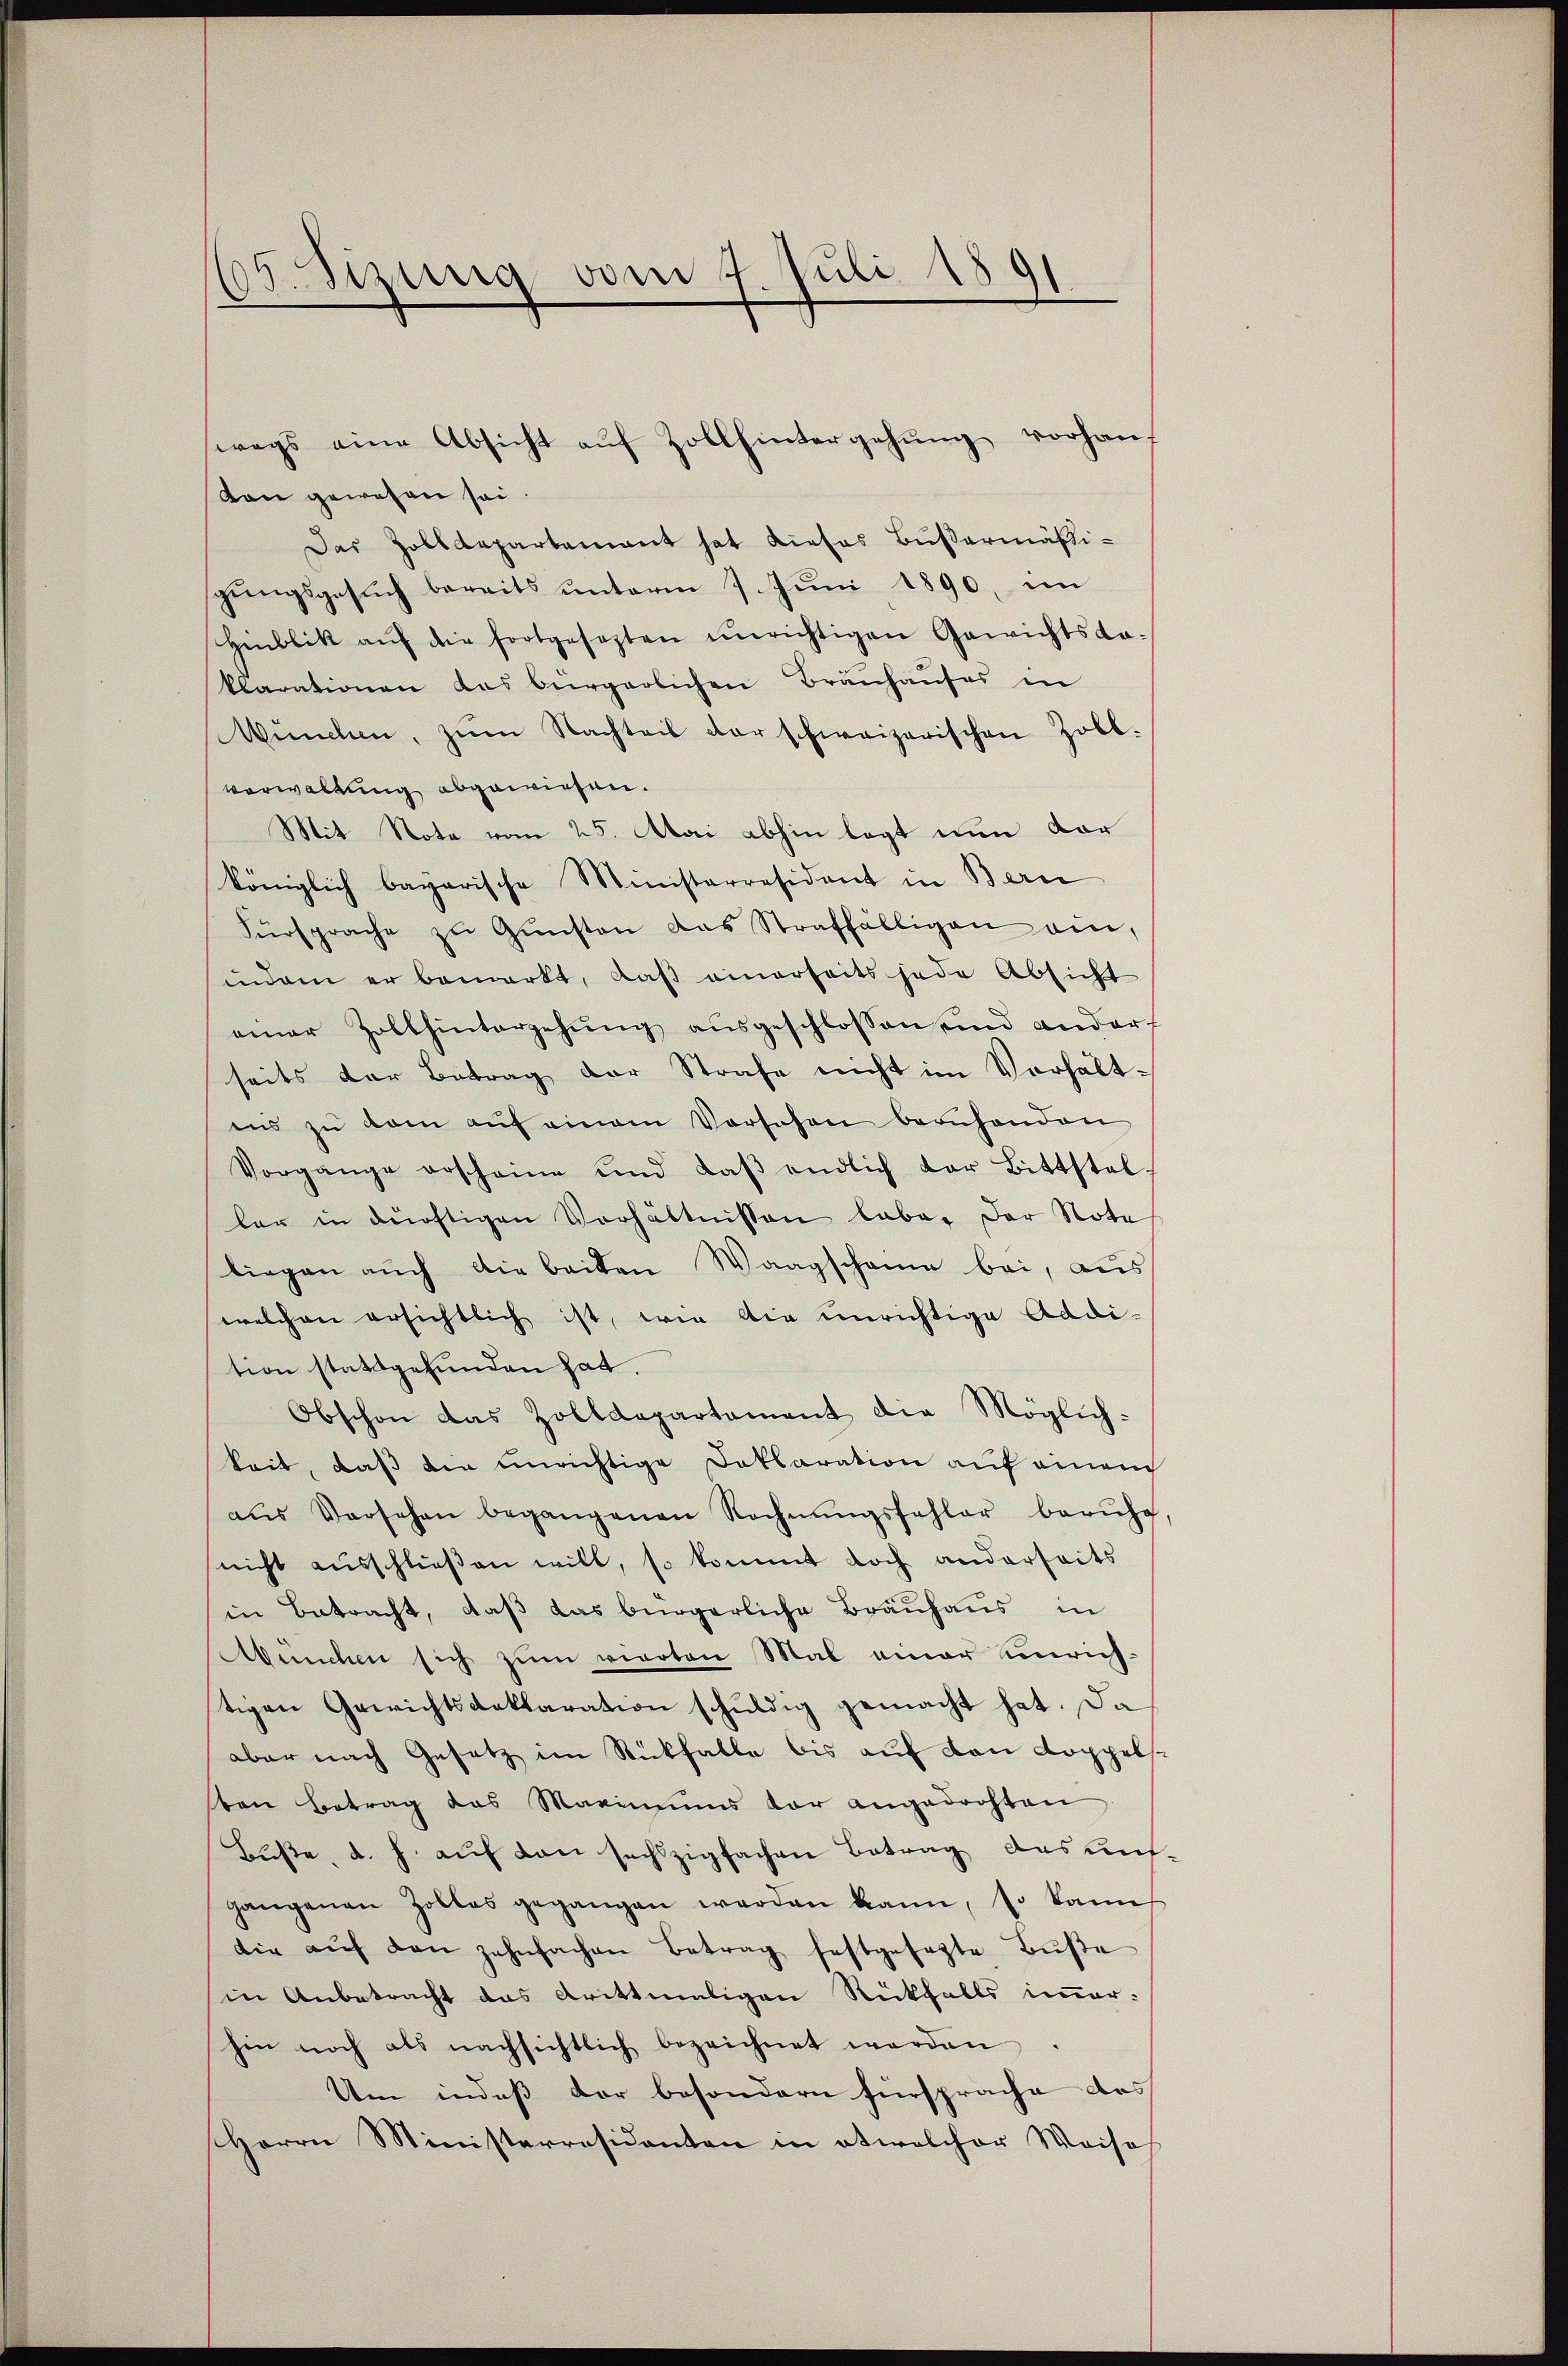
S.Sizung vom 7. Juli 1891

ton gewesen sei
Das Zolldepartement hat dieses Bußermäßigungsgesuch bereits unterm 7. Juni 1890, im
Hinblik aŭf die fortgesezten unrichtigen Gewichtskoklarationen das bürgerlichen Brauhauses in
Wŭnden, zŭm Nachteil der schweizerischen Zoll-
verwaltung abgewiesen.
Mit Note vom 25. Mai abhin legt nun dar
königlich bagarische Ministarresident in Bern
Fürsprache zŭ Gŭnsten das Straffälligen ei
indem er bemerkt, daβ einerseits jede Absicht
einer Zollhintergehŭng aŭsgeschlossen und ander
seits der Betrag der Strafe nicht im Verhältins zŭ kam aŭf einem Vorsehen beruhenden
Vorgange erscheine und daβ endlich der Bittstel-
lar in dürftigen Verhältnissen labe. Der Note
liegen auch die beiden Waagschaue bei, aus
welchen ersichtlich ist, wie die unrichtige Addition stattgefunden hat.
Obschon das Zolldepartament die Möglichkeit, daß die unrichtige Deklaration auf einem
aŭs Vorsehen begangenen Rechnŭngsfehler berŭhe
nicht aŭsschlieβen will, so kommt doch anderseits
in Betracht, daß das bürgerliche Brauhaus in
Abuchen sich zum vierten Mal einer unrichtigen Gewichtsdeklaration schuldig gemacht hat. Da
aber nach Gesetz im Rückfalle bis auf von Koppels
ten Betrag das Maximums vor angedrohten
Buße, d. h. auf den sechzigfachen Betrag des uns.
gangenen Zollos gegangen werden kann, so kann
die aŭf den zehnfachen Betrag festgesetzte Bŭβe
in Anbetracht das drittmaligen Rückfalls immer-
hin noch als nachsichtlich bezeichnet werden.
Um indeß der besondern fürsprache das
Herrn Ministerresidenten in etwelcher Weise

wegs eine Absicht aŭf Zoll hintergehŭng vorhan-